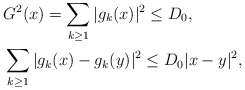
\begin{align*}& G^2(x)=\sum_{k\ge1}|g_k(x)|^2\le D_0, \\&\sum_{k\ge1}|g_k(x )-g_k(y)|^2\le D_0 |x-y|^2, \end{align*}